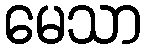
မေသာ